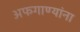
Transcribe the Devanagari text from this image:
अफगाण्यांना